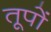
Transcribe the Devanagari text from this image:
तूपों